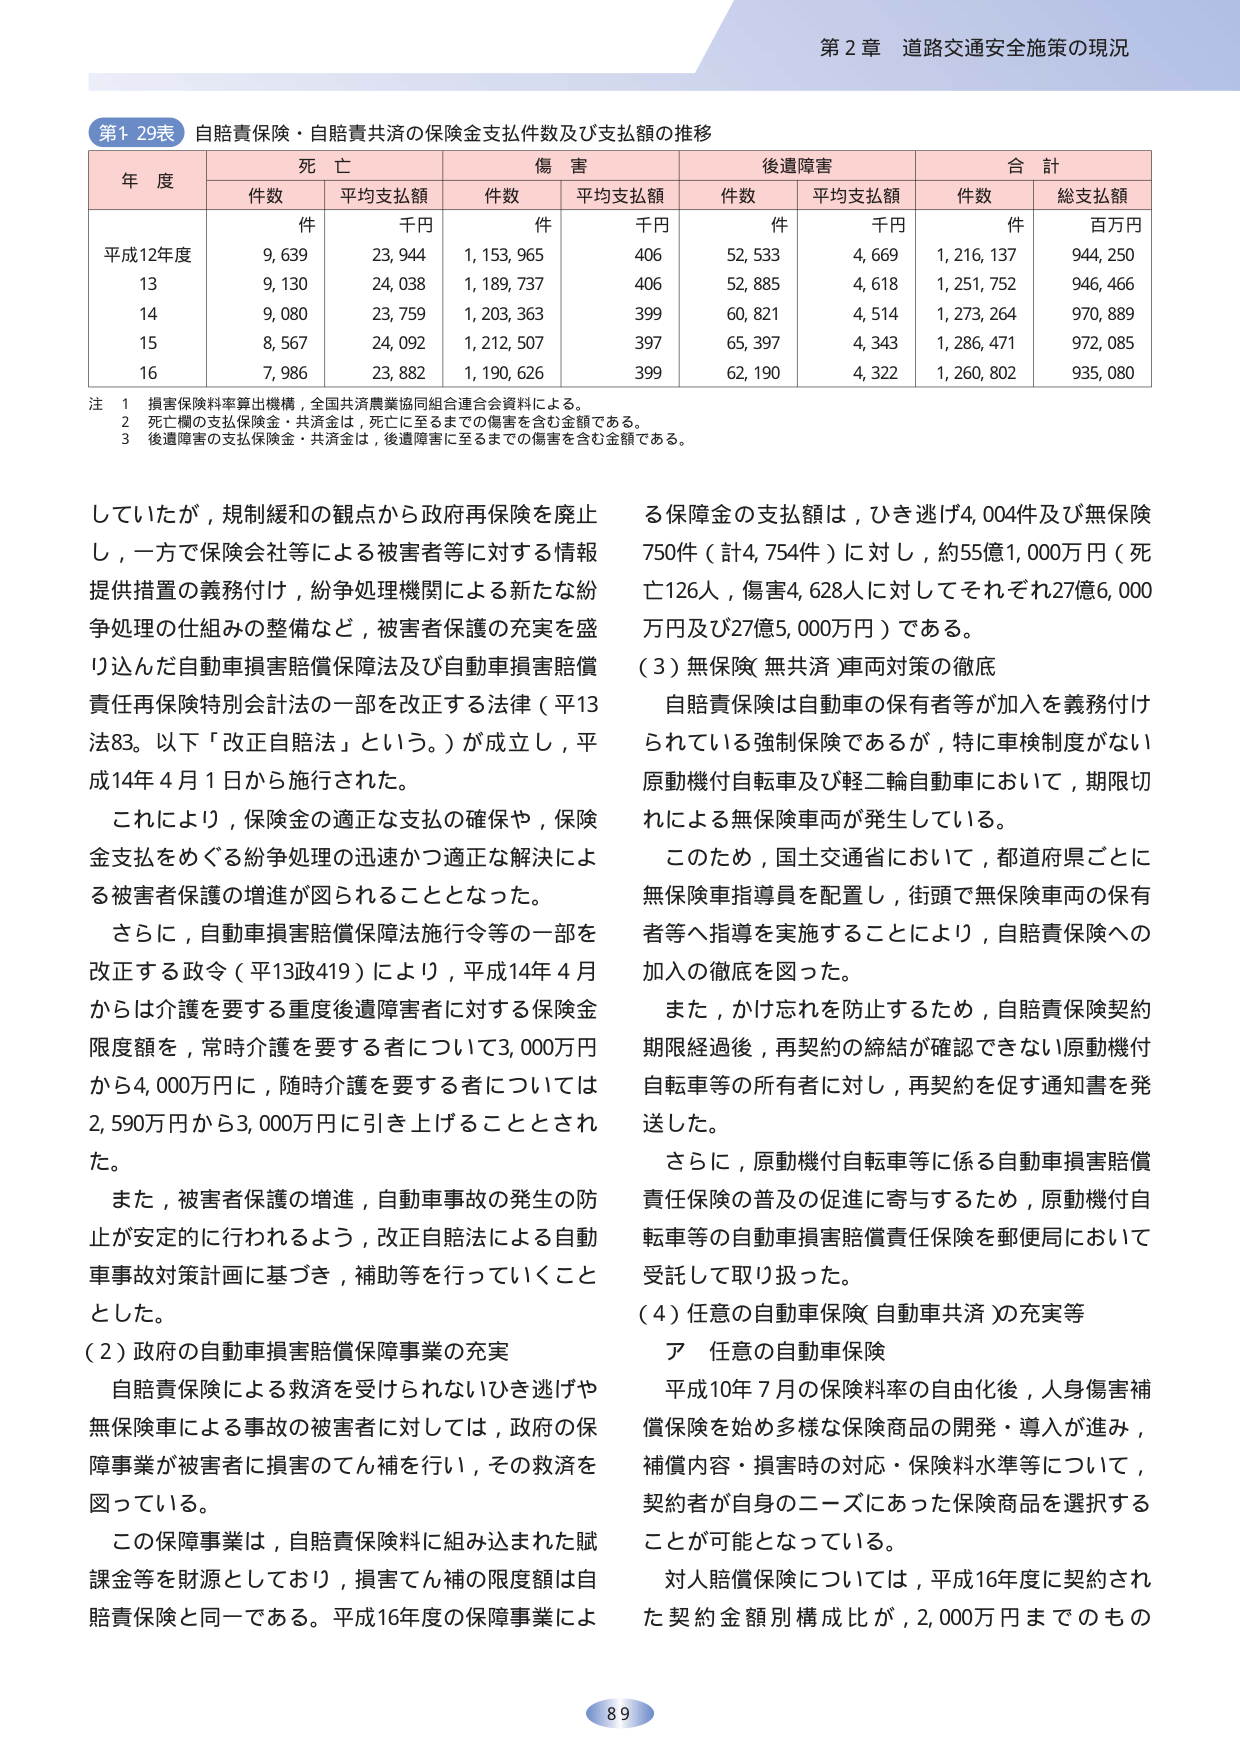
第2章 道路交通安全施策の現況

第1-29表 自賠責保険・自賠責共済の保険金支払件数及び支払額の推移

| 年度 | 死亡 | 傷害 | 後遺障害 | 合計 |
|------|------|------|----------|------|
|      | 件数 | 平均支払額 | 件数 | 平均支払額 | 件数 | 平均支払額 | 件数 | 総支払額 |
|      | 件 | 千円 | 件 | 千円 | 件 | 千円 | 件 | 百万円 |
| 平成12年度 | 9,639 | 23,944 | 1,153,965 | 406 | 52,533 | 4,669 | 1,216,137 | 944,250 |
| 13 | 9,130 | 24,038 | 1,189,737 | 406 | 52,885 | 4,618 | 1,251,752 | 946,466 |
| 14 | 9,080 | 23,759 | 1,203,363 | 399 | 60,821 | 4,514 | 1,273,264 | 970,889 |
| 15 | 8,567 | 24,092 | 1,212,507 | 397 | 65,397 | 4,343 | 1,286,471 | 972,085 |
| 16 | 7,986 | 23,882 | 1,190,626 | 399 | 62,190 | 4,322 | 1,260,802 | 935,080 |

注 1 損害保険料率算出機構、全国共済農業協同組合連合会資料による。
    2 死亡欄の支払保険金・共済金は、死亡に至るまでの傷害を含む金額である。
    3 後遺障害の支払保険金・共済金は、後遺障害に至るまでの傷害を含む金額である。

していたが、規制緩和の観点から政府再保険を廃止し、一方で保険会社等による被害者等に対する情報提供措置の義務付け、紛争処理機関による新たな紛争処理の仕組みの整備など、被害者保護の充実を盛り込んだ自動車損害賠償保障法及び自動車損害賠償責任再保険特別会計法の一部を改正する法律（平13法83。以下「改正自賠法」という。）が成立し、平成14年4月1日から施行された。

これにより、保険金の適正な支払の確保や、保険金支払をめぐる紛争処理の迅速かつ適正な解決による被害者保護の増進が図られることとなった。

さらに、自動車損害賠償保障法施行令等の一部を改正する政令（平13政419）により、平成14年4月からは介護を要する重度後遺障害者に対する保険金限度額を、常時介護を要する者については3,000万円から4,000万円に、随時介護を要する者については2,590万円から3,000万円に引き上げることとされた。

また、被害者保護の増進、自動車事故の発生の防止が安定的に行われるよう、改正自賠法による自動車事故対策計画に基づき、補助等を行っていくこととした。

（2）政府の自動車損害賠償保障事業の充実

自賠責保険による救済を受けられないひき逃げや無保険車による事故の被害者に対しては、政府の保障事業が被害者に損害のてん補を行い、その救済を図っている。

この保障事業は、自賠責保険料に組み込まれた賦課金等を財源としており、損害てん補の限度額は自賠責保険と同一である。平成16年度の保障事業による保障金の支払額は、ひき逃げ4,004件及び無保険750件（計4,754件）に対し、約55億1,000万円（死亡126人、傷害4,628人に対してそれぞれ27億6,000万円及び27億5,000万円）である。

（3）無保険（無共済）車両対策の徹底

自賠責保険は自動車の保有者等が加入を義務付けられている強制保険であるが、特に車検制度がない原動機付自転車及び軽二輪自動車において、期限切れによる無保険車両が発生している。

このため、国土交通省において、都道府県ごとに無保険車指導員を配置し、街頭で無保険車両の保有者等へ指導を実施することにより、自賠責保険への加入の徹底を図った。

また、かけ忘れを防止するため、自賠責保険契約期限経過後、再契約の締結が確認できない原動機付自転車等の所有者に対し、再契約を促す通知書を発送した。

さらに、原動機付自転車等に係る自動車損害賠償責任保険の普及の促進に寄与するため、原動機付自転車等の自動車損害賠償責任保険を郵便局において受託して取り扱った。

（4）任意の自動車保険（自動車共済）の充実等

ア 任意の自動車保険

平成10年7月の保険料率の自由化後、人身傷害補償保険を始め多様な保険商品の開発・導入が進み、補償内容・損害時の対応・保険料水準等について、契約者が自身のニーズにあった保険商品を選択することが可能となっている。

対人賠償保険については、平成16年度に契約された契約金額別構成比が、2,000万円までのもの

89